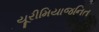
યૂરીમિયાજનિત